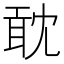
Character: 𠖙